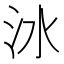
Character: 𣲙